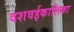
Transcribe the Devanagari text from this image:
दशवईकालिका